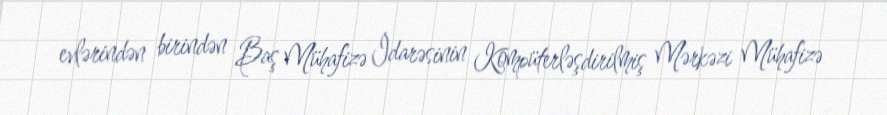
evlərindən birindən Baş Mühafizə İdarəsinin Kompüterləşdirilmiş Mərkəzi Mühafizə